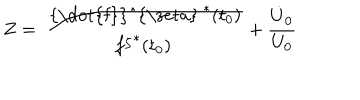
Z = \frac { \mathrm { ~ { \dot { f } } ^ { \ z e t a } ~ } ^ { * } ( t _ { 0 } ) } { { f ^ { \zeta } } ^ { * } ( t _ { 0 } ) } + \frac { \dot { U } _ { 0 } } { U _ { 0 } }